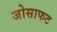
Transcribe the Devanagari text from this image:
जोसाफट